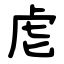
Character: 䖈